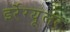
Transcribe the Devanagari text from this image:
इर्रेग्यूलर